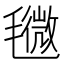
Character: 𣰒